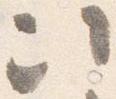
次